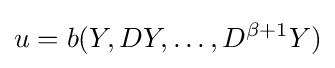
u=b(Y,DY,\ldots ,D^{\beta +1}Y)